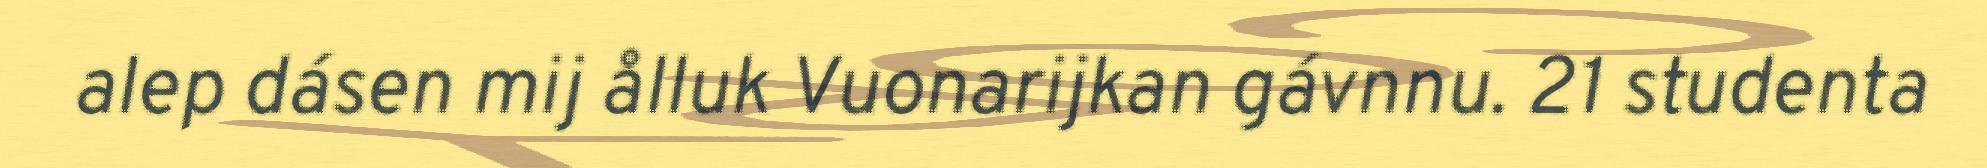
alep dásen mij ålluk Vuonarijkan gávnnu. 21 studenta